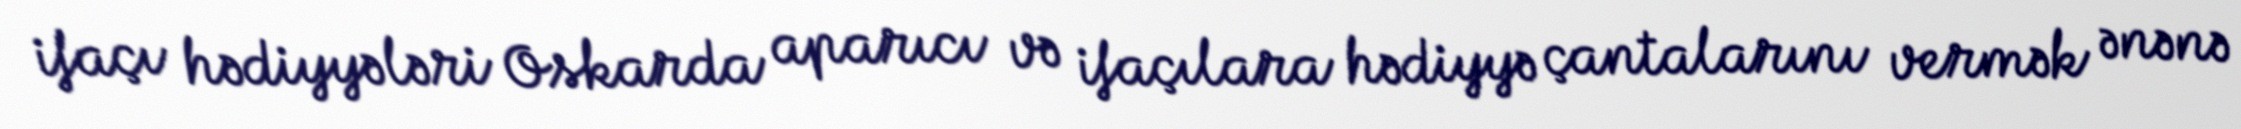
ifaçı hədiyyələri Oskarda aparıcı və ifaçılara hədiyyə çantalarını vermək ənənə